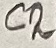
Text: C2